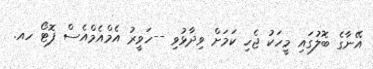
އޭނާގެ ބޮލުގައި މީހަކު ޖެހި ކަމަށް ވިދާޅުވި --ހަވީރު އެމްއެމްއެސް ފޮޓޯ ހއ.